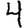
Digit: 4